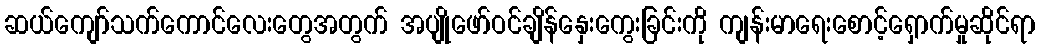
ဆယ်ကျော်သက်ကောင်လေးတွေအတွက် အပျိုဖော်ဝင်ချိန်နှေးကွေးခြင်းကို ကျန်းမာရေးစောင့်ရှောက်မှုဆိုင်ရာ